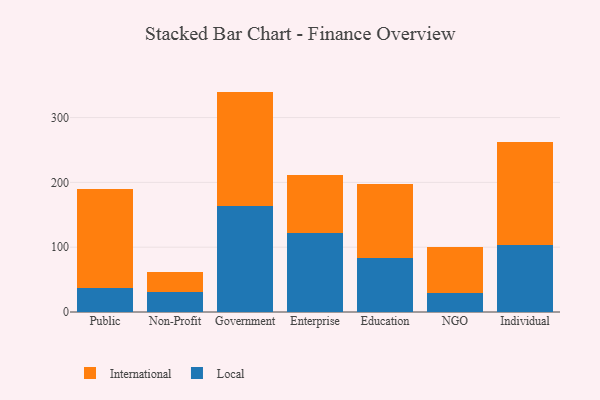
{"axis": {"x": "Segment", "y": "Waste Production (Tons)"}, "legend": ["International", "Local"], "data": [{"x": "Public", "y": 37.5, "type": "Local"}, {"x": "Public", "y": 152.0, "type": "International"}, {"x": "Non-Profit", "y": 30.2, "type": "Local"}, {"x": "Non-Profit", "y": 32.2, "type": "International"}, {"x": "Government", "y": 163.5, "type": "Local"}, {"x": "Government", "y": 176.6, "type": "International"}, {"x": "Enterprise", "y": 122.3, "type": "Local"}, {"x": "Enterprise", "y": 88.8, "type": "International"}, {"x": "Education", "y": 83.7, "type": "Local"}, {"x": "Education", "y": 113.5, "type": "International"}, {"x": "NGO", "y": 29.2, "type": "Local"}, {"x": "NGO", "y": 71.8, "type": "International"}, {"x": "Individual", "y": 103.7, "type": "Local"}, {"x": "Individual", "y": 158.2, "type": "International"}]}